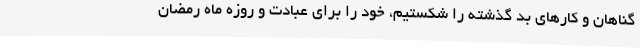
گناهان و کارهای بد گذشته را شکستیم، خود را برای عبادت و روزه ماه رمضان